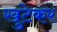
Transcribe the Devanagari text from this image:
खुटेकर